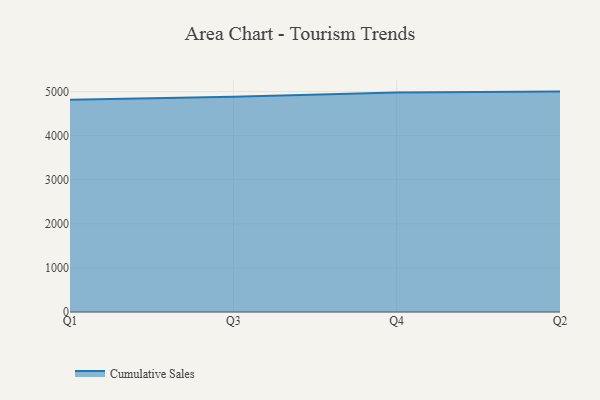
{"axis": {"x": "Quarter", "y": "Operating Costs (USD K)"}, "legend": ["Cumulative Sales"], "data": [{"x": "Q1", "y": 4816.6, "type": "Cumulative Sales"}, {"x": "Q3", "y": 4884.7, "type": "Cumulative Sales"}, {"x": "Q4", "y": 4980.3, "type": "Cumulative Sales"}, {"x": "Q2", "y": 5000, "type": "Cumulative Sales"}]}